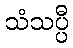
သံသပ္ပီ